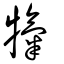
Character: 犔